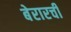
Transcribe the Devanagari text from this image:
बेरारची